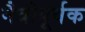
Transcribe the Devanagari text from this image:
मैत्रीपूर्वक